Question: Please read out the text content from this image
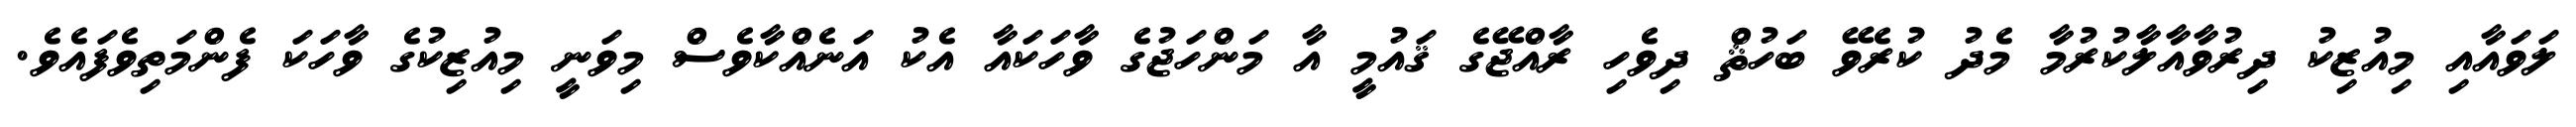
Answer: ލަވައާއި މިއުޒިކު ދިރުވާއާލާކުރުމާ މެދު ކުރެވޭ ބަހުޘް ދިވެހި ރާއްޖޭގެ ޤައުމީ އާ މަންހަޖުގެ ވާހަކައާ އެކު އަނެއްކާވެސް މިވަނީ މިއުޒިކުގެ ވާހަކަ ފެންމަތިވެފައެވެ.